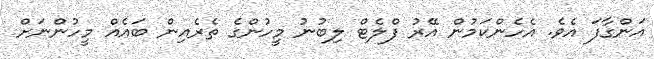
އަންގާފަ އެވެ. އެހެންކަމުން އޭރު ފްލެޓް ލިބުނު މީހުންގެ ތެރެއިން ބައެއް މީހުންނަށް